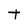
Character: t